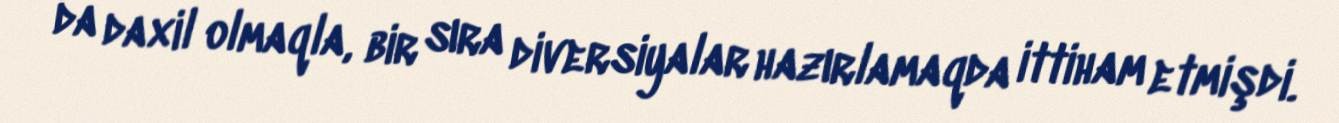
da daxil olmaqla, bir sıra diversiyalar hazırlamaqda ittiham etmişdi.